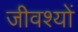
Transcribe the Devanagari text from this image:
जीवश्यों